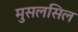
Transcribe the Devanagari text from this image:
मुसलसिल